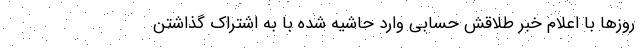
روز‌ها با اعلام خبر طلاقش حسابی وارد حاشیه شده با به اشتراک گذاشتن